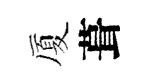
厦葺